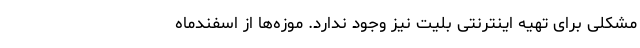
مشکلی برای تهیه اینترنتی بلیت نیز وجود ندارد. موزه‌ها از اسفندماه